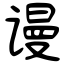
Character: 谩